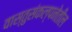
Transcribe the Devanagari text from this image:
वास्तुसंकल्पनेतील